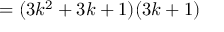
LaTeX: = ( 3 k ^ { 2 } + 3 k + 1 ) ( 3 k + 1 )